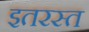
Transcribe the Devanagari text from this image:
इतरस्त